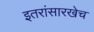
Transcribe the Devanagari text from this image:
इतरांसारखेच